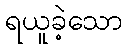
ရယူခဲ့သော